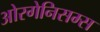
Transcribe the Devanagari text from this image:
ओरगेनिसम्स